Rangoon Lunatic Asylum 1878-1892 - 1878-1892
Year: 1878
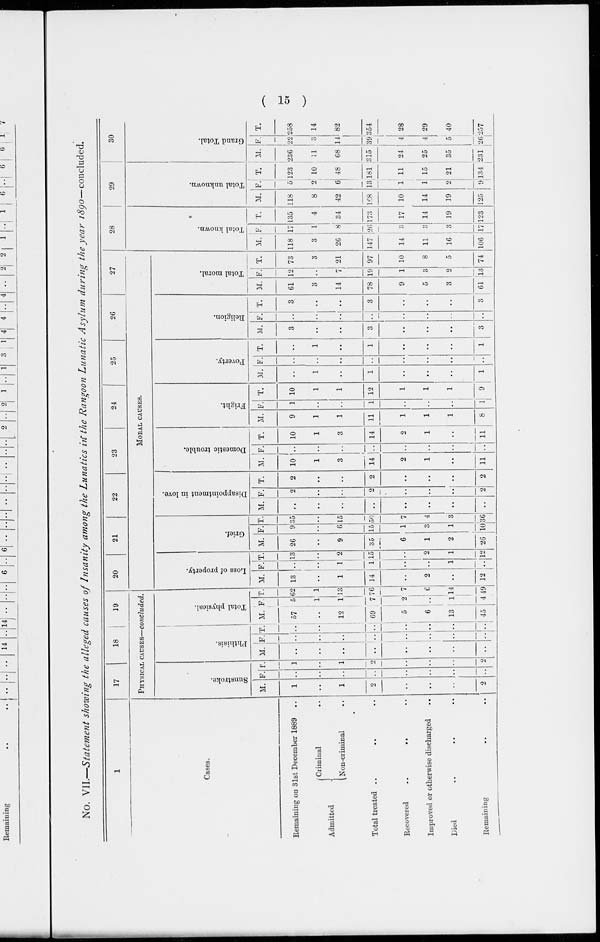
( 15 )
No. VII.—Statement showing the alleged causes of Insanity among the Lunatics in the Rangoon Lunatic Asylum during the year 1890—concluded.
1
Cases.
Remaining on 31st December 1889 ..
Admitted
Criminal ..
Non-criminal ..
Total treated .. .. ..
Recovered
..
.. ..
Improved or otherwise discharged ..
Died
.. .. ..
Remaining .. ..
17
18
19
PHYSICAL CAUSES—concluded.
Sunstroke.
M.
1
..
1
2
..
..
..
2
F.
..
..
..
..
..
..
..
..
T.
1
..
1
2
..
..
..
2
Phthisis.
M.
..
..
..
..
..
..
..
..
F.
..
..
..
..
..
..
..
..
T.
..
..
..
..
..
..
..
..
Total physical.
M.
57
..
12
69
5
6
13
45
F.
5
1
1
7
2
..
1
4
T.
62
1
13
76
7
6
14
49
20
21
22
23
24
25
26
27
MORAL CAUSES.
Loss of property.
M.
13
..
1
14
..
2
..
12
F.
..
..
1
1
..
..
1
..
T.
13
..
2
15
..
2
1
12
Grief.
M.
26
..
9
35
6
1
2
26
F.
9
..
6
15
1
3
1
10
T.
35
..
15
50
7
4
3
36
Disappointment in love.
M.
..
..
..
..
..
..
..
..
F.
2
..
..
2
..
..
..
2
T.
2
..
..
2
..
..
..
2
Domestic trouble.
M.
10
1
3
14
2
1
..
11
F.
..
..
..
..
..
..
..
..
T.
10
1
3
14
2
1
..
11
Fright.
M.
9
1
1
11
1
1
1
8
F.
1
..
..
1
..
..
..
1
T.
10
1
1
12
1
1
1
9
Poverty.
M.
..
1
..
1
..
..
..
1
F.
..
..
..
..
..
..
..
..
T.
..
1
..
1
..
..
..
1
Religion.
M.
3
..
..
3
..
..
..
3
F.
..
..
..
..
..
..
..
..
T.
3
..
..
3
..
..
..
3
Total moral.
M.
61
3
14
78
9
5
3
61
F.
12
..
7
19
1
3
2
13
T.
73
3
21
97
10
8
5
74
28
Total known.
M.
118
3
26
147
14
11
16
106
F.
17
1
8
26
3
3
3
17
T.
135
4
34
173
17
14
19
123
29
Total unknown.
M.
118
8
42
168
10
14
19
125
F.
5
2
6
13
1
1
9
9
T.
123
10
48
181
11
15
21
134
30
Grand Total.
M.
236
11
68
315
24
25
35
231
F.
22
3
14
39
4
4
5
26
T.
258
14
82
354
28
29
40
257